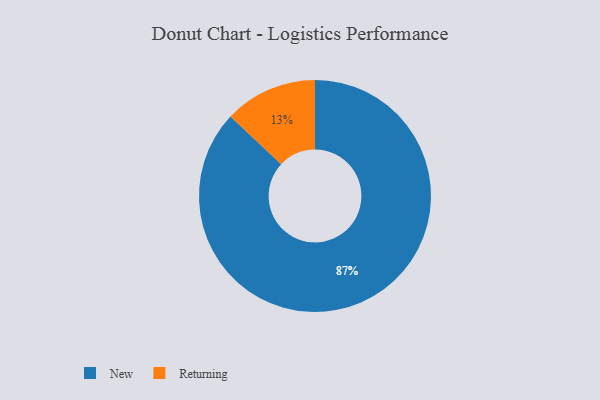
{"axis": {"x": "Category", "y": "Percentage"}, "legend": ["New", "Returning"], "data": [{"x": "Returning", "y": 13, "type": "Returning"}, {"x": "New", "y": 87, "type": "New"}]}